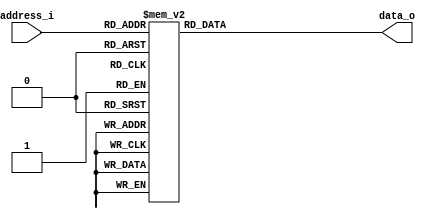
// For demonstration purposes, this one has
// 128 entries (7 bit address, supplied by 7-bit
// PC) and of course has 8-bit output.
// You should put your real insts in it, but this one sets the values to the same
// as the address, so you can easily confirm that you are reading address 43
// because the output is 43.
module ptestROM (
  input[7:0] address_i,
  output reg[7:0] data_o
  );
 
always @(*)
  begin
    case (address_i)
	//program 1: multiplication
	0: data_o = 8'b11000001; //set 1
	1: data_o = 8'b10010000; //load $r0
	2: data_o = 8'b11000010; //set	2
	3: data_o = 8'b10010010; //load $r2,	
	4: data_o = 8'b11000000; //set	0
	5: data_o = 8'b01001111; //add	$r1, $r7
	6: data_o = 8'b01011111; //add	$r3, $r7
	7: data_o = 8'b01100111; //add	$r4, $r7
	8: data_o = 8'b11000001; //set	1
	9: data_o = 8'b00101111; //and	$r5, $r7
	10: data_o = 8'b11000111; //set	7
	11: data_o = 8'b11100101; //sll	$r5			
//Mult;	
	12: data_o = 8'b11000001; //set	1
	13: data_o = 8'b00110010; //and	$r6, $r2	
	14: data_o = 8'b11000000; //set	0		
	15: data_o = 8'b10101110; //seq	$r6		
	16: data_o = 8'b11001000; //set	8		
	17: data_o = 8'b11110111; //branch	$r7		

	18: data_o = 8'b11000000; //set	0
	19: data_o = 8'b01111011; //add	$r7, $r3	
	20: data_o = 8'b01011000; //add	$r3, $r0
	21: data_o = 8'b10111000; //addc $r0
	22: data_o = 8'b01100100; //add $r4,$r4
	23: data_o = 8'b11000000; //set	0	
	24: data_o = 8'b01111100; //add	$r7, $r4	
	25: data_o = 8'b01100001; //add	$r4, $r1	
//Equals0:				
	26: data_o = 8'b11000000; //set	0	
	27: data_o = 8'b01111101; //add	$r7, $r5	
	28: data_o = 8'b00110000; //and	$r6, $r0	
	29: data_o = 8'b11000000; //set	0		
	30: data_o = 8'b10101110; //seq	$r6		
	31: data_o = 8'b11000010; //set	2			
	32: data_o = 8'b11110111; //branch	$r7		
	33: data_o = 8'b11000001; //set	1		
	34: data_o = 8'b00110111; //and	$r6, $r7	
//JstShft:
	35: data_o = 8'b11000001; //set	1		
	36: data_o = 8'b11100001; //sll	$r1		
	37: data_o = 8'b11100000; //sll	$r0		
	38: data_o = 8'b11101010; //srl	$r2		
	39: data_o = 8'b00111110; //and	$r7, $r6	
	40: data_o = 8'b01001001; //add	$r1, $r1	
	41: data_o = 8'b11000000; //set	0	
	42: data_o = 8'b01110111; //add	$r6, $r7
	43: data_o = 8'b01111010; //add $r7, $r2
	44: data_o = 8'b10000000; //slt 		
	45: data_o = 8'b11010011; //set	19	
	46: data_o = 8'b00110111; //and	$r6, $r7			
	47: data_o = 8'b11000001; //set	1	
	48: data_o = 8'b11100110; //sll	$r6			
	49: data_o = 8'b10110110; //branchb	$r6	
	 			
	50: data_o = 8'b11000000; //set 0
	51: data_o = 8'b01000011; //add	$r0, $r3
	52: data_o = 8'b01001100; //add	$r1, $r4
	53: data_o = 8'b01011111; //add $r3, $r7
	54: data_o = 8'b01100111; //add $r4, $r7	
	55: data_o = 8'b11000011; //set	3	
	56: data_o = 8'b10010010; //load	$r2		
//Mul2:
		
	57: data_o = 8'b11000001; //set	1		
	58: data_o = 8'b00110010; //and	$r6, $r2	
	59: data_o = 8'b11000000; //set	0	
	60: data_o = 8'b10101110; //seq	$r6	
	61: data_o = 8'b11001000; //set	8	
	62: data_o = 8'b11110111; //branch	r7	

	63: data_o = 8'b11000000; //set	0
	64: data_o = 8'b01111011; //add	$r7, $r3	
	65: data_o = 8'b01011000; //add	$r3, $r0
	66: data_o = 8'b10111000; //addc $r0	
	67: data_o = 8'b01100100; //add $r4,$r4
	68: data_o = 8'b11000000; //set	0	
	69: data_o = 8'b01111100; //add	$r7, $r4	
	70: data_o = 8'b01100001; //add	$r4, $r1	
//Equals02:				
	71: data_o = 8'b11000000; //set	0		
	72: data_o = 8'b01111101; //add	$r7, $r5	
	73: data_o = 8'b00110000; //and	$r6, $r0	
	74: data_o = 8'b11000000; //set	0	
	75: data_o = 8'b10101110; //seq	$r6	
	76: data_o = 8'b11000010; //set	2	
	77: data_o = 8'b11110111; //branch	$r7		
	78: data_o = 8'b11000001; //set	1	
	79: data_o = 8'b00110111; //and	$r6, $r7
//JstShft2:		
	80: data_o = 8'b11000001; //set	1	
	81: data_o = 8'b11100001; //sll	$r1		
	82: data_o = 8'b11100000; //sll	$r0		
	83: data_o = 8'b11101010; //srl	$r2			
	84: data_o = 8'b00111110; //and	$r7, $r6	
	85: data_o = 8'b01001001; //add	$r1, $r1
	86: data_o = 8'b11000000; //set	0			
	87: data_o = 8'b01110111; //add	$r6, $r7
	88: data_o = 8'b01111010; //add $r7, $r2
	89: data_o = 8'b10000000; //slt 			
	90: data_o = 8'b11010011; //set	19			
	91: data_o = 8'b00110111; //and	$r6, $r7			
	92: data_o = 8'b11000001; //set	1		
	93: data_o = 8'b11100110; //sll	$r6			
	94: data_o = 8'b10110110; //branchb	$r6		

	95: data_o = 8'b11000100; //set	4			
	96: data_o = 8'b10011100; //store	$r4		
	97: data_o = 8'b11000101; //set	5
	98: data_o = 8'b10011011; //store	$r3	
	99: data_o = 8'b10001000; //halt

//--------------------program 2 String match--------------------------
	100: data_o = 8'b11000000; //set	1
	101: data_o = 8'b01000111; //add r0 r7			
	102: data_o = 8'b11000001; //set 1
	103: data_o = 8'b01001000; //add	$r1,	$r0		
	104: data_o = 8'b11000010; //set		2
	105: data_o = 8'b01010000; //add r2 r0
	106: data_o = 8'b11000011; //set 3	
	107: data_o = 8'b01011000; //add	$r3,	$r0		
	108: data_o = 8'b11000100; //set	4			
	109: data_o = 8'b01100000; //add	$r4,	$r0
	110: data_o = 8'b11000001; //set 1
	111: data_o = 8'b10010101; //load r5	
	112: data_o = 8'b01110101; //add r6 r5
	113: data_o = 8'b11000001; //set 1
	114: data_o = 8'b10101001; //seq r1				

//loadbyte
	115: data_o = 8'b11000010; //set 2
	116: data_o = 8'b11110111; //branch	r7	
	117: data_o = 8'b01111111; //add				
	118: data_o = 8'b01000111; //add 	r0	r7
	119: data_o = 8'b10101111; //seq r7
	120: data_o = 8'b11010111; //set 23			
	121: data_o = 8'b10110111; //branchb	r7
	122: data_o = 8'b11110111; //branch 	r7
	123: data_o = 8'b01111000; //set	0				
	124: data_o = 8'b01111011; //add	$r7,	$r3		
	125: data_o = 8'b10010010; //load	r2				

//compare
	126: data_o = 8'b11001111; //set	15			
	127: data_o = 8'b00111010; //and	r7	r2		
	128: data_o = 8'b10101001; //seq	r1				
	129: data_o = 8'b11110100; //branch	r4
	130: data_o = 8'b11000001; //set 	1 TODO ***MOVE UP ONE***

	131: data_o = 8'b11101010; //srl	r2					
	132: data_o = 8'b01000000; //add	r0	r0			
	133: data_o = 8'b11000101; //set	5
	134: data_o = 8'b10101000; //seq	r0
	135: data_o = 8'b11010110; //set 	22
	136: data_o = 8'b10110111; //branchb	r7				
	137: data_o = 8'b10101111; //seq	r7
	138: data_o = 8'b11001110; //set	14
	139: data_o = 8'b10110111; //branchb	r7

//match
	140: data_o = 8'b11000111; //set	7
	141: data_o = 8'b10010110; //load	r6
	142: data_o = 8'b11000001; //set 	1
	143: data_o = 8'b01110110; //add	$r6,	$r6			
	144: data_o = 8'b11000111; //set	7

	145: data_o = 8'b10011110; //store 	r6			
	146: data_o = 8'b10101111; //seq	r7
	147: data_o = 8'b11001001; //set	9
	148: data_o = 8'b01111111; //add	r7 	r7 9 + 9
	149: data_o = 8'b01111111; //add 	r7 	r7 18 + 18
	150: data_o = 8'b10110111; //branchb 	r7	branchb 34. needs to be 35

//end
	151: data_o = 8'b10001000; //halt
	
//-------------------program 3: Closest pair-----------
	152: data_o = 8'b11010000; //set		16			
	153: data_o = 8'b01111111; //add		$r7,	$r7
	154: data_o = 8'b01111111; //add		$r7,         $r7		  
	155: data_o = 8'b01100111; //add		$r4,	$r7
	156: data_o = 8'b11010011; //set		19	
	157: data_o = 8'b01100100; //add		$r4,	$r4

	158: data_o = 8'b11001000; //set		16			#r4 = 
	159: data_o = 8'b01111111; //add    		$r7,         $r7			#set i = 0
	160: data_o = 8'b01111111; //add		$r7, 	$r7
	161: data_o = 8'b01111111; //add		$r7, 	$r7
	162: data_o = 8'b01000111; //add		$r0,	$r7		#$r0 = 128
	163: data_o = 8'b01011111; //add		$r3,         $r7	 	#$r3 = 255set shortest = 2^8

//OUTERLOOP:

	164: data_o = 8'b11000000; //set		0
	165: data_o = 8'b01111100; //add		$r7,         $r4
	166: data_o = 8'b10101000; //seq                        $r0
	
	167: data_o = 8'b11000000;
	168: data_o = 8'b01110111;
	169: data_o = 8'b11010011; //set		19
	170: data_o = 8'b01110111; //add		$r6, 	$r7	#set 38
	171: data_o = 8'b11000011; //set		3;
	172: data_o = 8'b01110110; //add		$r6, 	$r6	#set 41
	173: data_o = 8'b11110110; //branch $r6;		#end of outer for loop forward 39

	174: data_o = 8'b11000000; //set		0
	175: data_o = 8'b01111000; //add		$r7,	$r0	#move $r0 to $r
	176: data_o = 8'b10010010; //load		$r2		#load [$r2]

	177: data_o = 8'b11000001; //set		1;			# inc i
	178: data_o = 8'b01000000; //add		$r0,	$r0

//INNERLOOP:
   179: data_o = 8'b11000000; //set		0			#store incremented i to k
	180: data_o = 8'b01001000; //add		$r1,	$r0
    
	181: data_o = 8'b11000000;
	182: data_o = 8'b01110111;
	183: data_o = 8'b11010000; //set    		16;			#set i = 0
	184: data_o = 8'b01111111; //add		$r7, 	$r7
	185: data_o = 8'b01111111; //add		$r7, 	$r7
	186: data_o = 8'b01110111; //add		$r6,	$r7		#$r6 = 128	
	187: data_o = 8'b11010100; //set		20
	188: data_o = 8'b01110110; //add		$r6, 	$r6
	189: data_o = 8'b11000000; //set		0
	190: data_o = 8'b01111110; //add		$r7,	$r6
	191: data_o = 8'b10101001; //seq		$r1
	192: data_o = 8'b11011110; //set		30			#go back 21 to OUTERLOOP
	193: data_o = 8'b10110111; //branchb	               $r7				#if reached the end, reset
	194: data_o = 8'b11000000; //set 		0			#load [k]
	195: data_o = 8'b01111001; //add		$r7,	$r1
	196: data_o = 8'b10010101; //load		$r5;
	197: data_o = 8'b11111110; //sub		$r6			$r6 = $r2 - $r5 ( difference)
	198: data_o = 8'b10100110; //absolute		$r6;			#take absolute value of subtraction???
	199: data_o = 8'b11000001; //set		1;			#inc k
	200: data_o = 8'b01001001; //add		$r1,	$r1;
	201: data_o = 8'b11000000; //set		0;
	202: data_o = 8'b01111011; //add		$r7,	$r3
	203: data_o = 8'b10000000; //slt					#branch less than go to IF
	204: data_o = 8'b11000011; //set		3			#(GOTOIF)
	205: data_o = 8'b11110111; //branch		$r7
	206: data_o = 8'b10101111; //seq		$r7
	207: data_o = 8'b11011100; //set		29			#go to innerlooop
	208: data_o = 8'b10110111; //branchb	        $r7			#else re-interate loop

//IF:
	209: data_o = 8'b11000000; //set		0	
	210: data_o = 8'b01011110; //add		$r3,	$r6			#$r3 = new shortest = r6
	211: data_o = 8'b10101111; //seq		$r7				#jump to innerloop
	212: data_o = 8'b11010001; //set		17				#32
	213: data_o = 8'b01111111; //add		$r7,	$r7			#r7 = $r7 +$r7 = 34
	214: data_o = 8'b10110111; //branchb	$r7		

//END:
	215: data_o = 8'b11011110; //set		30
	216: data_o = 8'b01111111; //add		$r7,	$r7			#r7 = r7 + r7 = 30 + 30= 60
	217: data_o = 8'b01110111; //add		$r6,	$r7			#r7 = r7 + r7 = 60 + 60 = 120
	218: data_o = 8'b11000111; //set		7
	219: data_o = 8'b01111110; //add		$r7,	$r6			#r7 = r6 + 7 = 127
	220: data_o = 8'b10011011; //store		$r3;				#[r7] = $r3 
	221: data_o = 8'b10001000; //halt


	default: data_o = 8'hff; // dont forget this!
    endcase
  end
endmodule